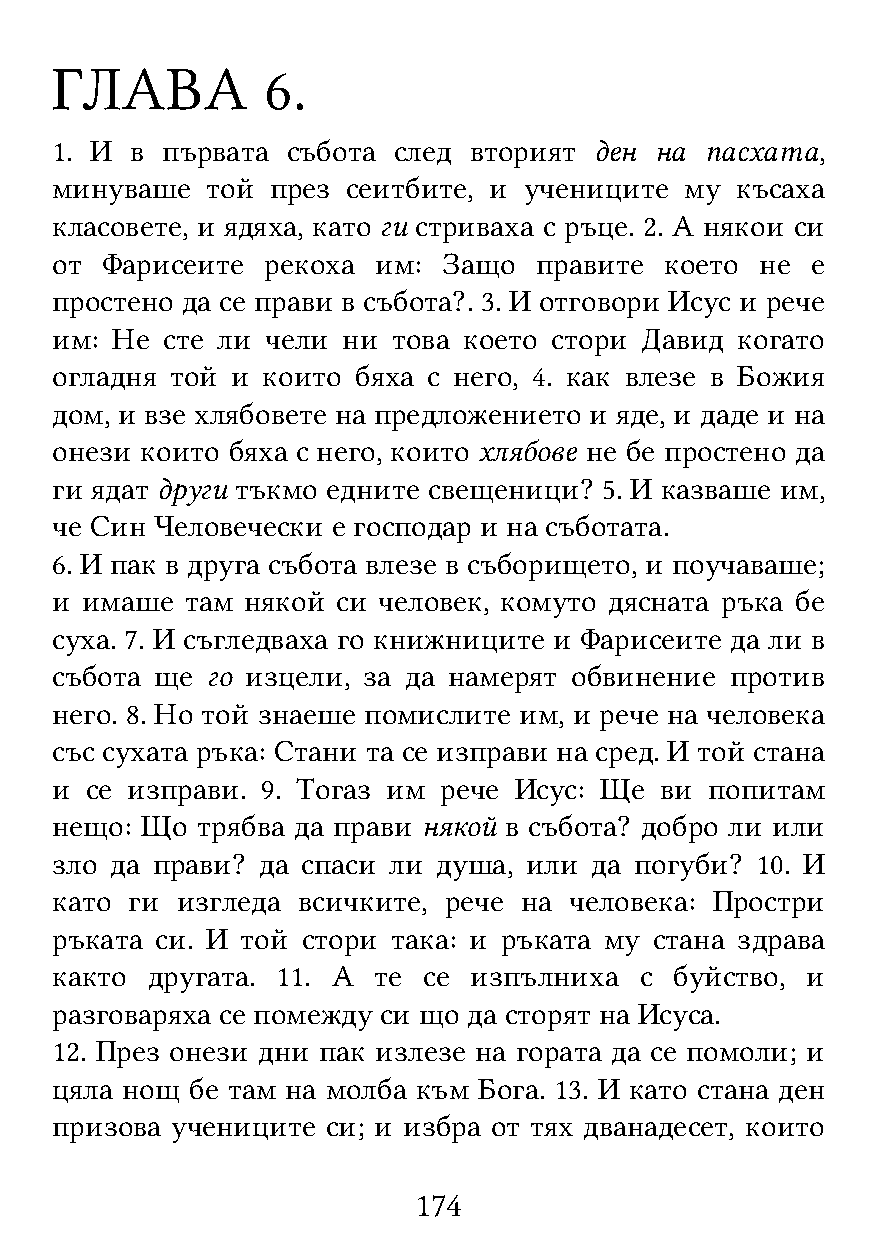
ГЛАВА          6.
 1. И  в първата събота след вторият ден на  пасхата,
 минуваше   той през сеитбите, и учениците му  късаха
 класовете, и ядяха, като ги стриваха с ръце. 2. А някои си
 от  Фарисеите  рекоха им: Защо  правите  което не  е
 простено да се прави в събота?. 3. И отговори Исус и рече
 им: Не  сте ли чели ни това което стори Давид когато
 огладня той и които  бяха с него, 4. как влезе в Божия
 дом, и взе хлябовете на предложението и яде, и даде и на
 онези които бяха с него, които хлябове не бе простено да
 ги ядат други тъкмо едните свещеници? 5. И казваше им,
 че Син Человечески е господар и на съботата.
 6. И пак в друга събота влезе в съборището, и поучаваше;
 и имаше  там някой си человек, комуто дясната ръка бе
 суха. 7. И съгледваха го книжниците и Фарисеите да ли в
 събота ще  го изцели, за да намерят обвинение против
 него. 8. Но той знаеше помислите им, и рече на человека
 със сухата ръка: Стани та се изправи на сред. И той стана
 и  се изправи. 9. Тогаз им рече Исус: Ще ви попитам
 нещо: Що  трябва да прави някой в събота? добро ли или
 зло да прави? да спаси ли душа, или да погуби? 10. И
 като ги  изгледа всичките, рече на человека: Простри
 ръката си. И той стори така: и ръката му стана здрава
 както  другата. 11. А те се изпълниха  с  буйство, и
 разговаряха се помежду си що да сторят на Исуса.
 12. През онези дни пак излезе на гората да се помоли; и
 цяла нощ  бе там на молба към Бога. 13. И като стана ден
 призова учениците  си; и избра от тях дванадесет, които
 174